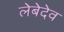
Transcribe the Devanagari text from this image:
लेबेदेव